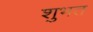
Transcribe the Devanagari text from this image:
शुभत